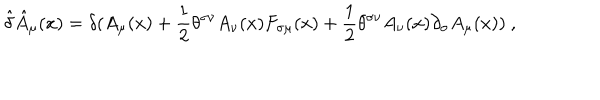
\hat { \delta } \hat { A } _ { \mu } ( x ) = \delta ( A _ { \mu } ( x ) + { \frac { 1 } { 2 } } \theta ^ { \sigma \nu } A _ { \nu } ( x ) F _ { \sigma \mu } ( x ) + { \frac { 1 } { 2 } } \theta ^ { \sigma \nu } A _ { \nu } ( x ) \partial _ { \sigma } A _ { \mu } ( x ) ) ~ ,